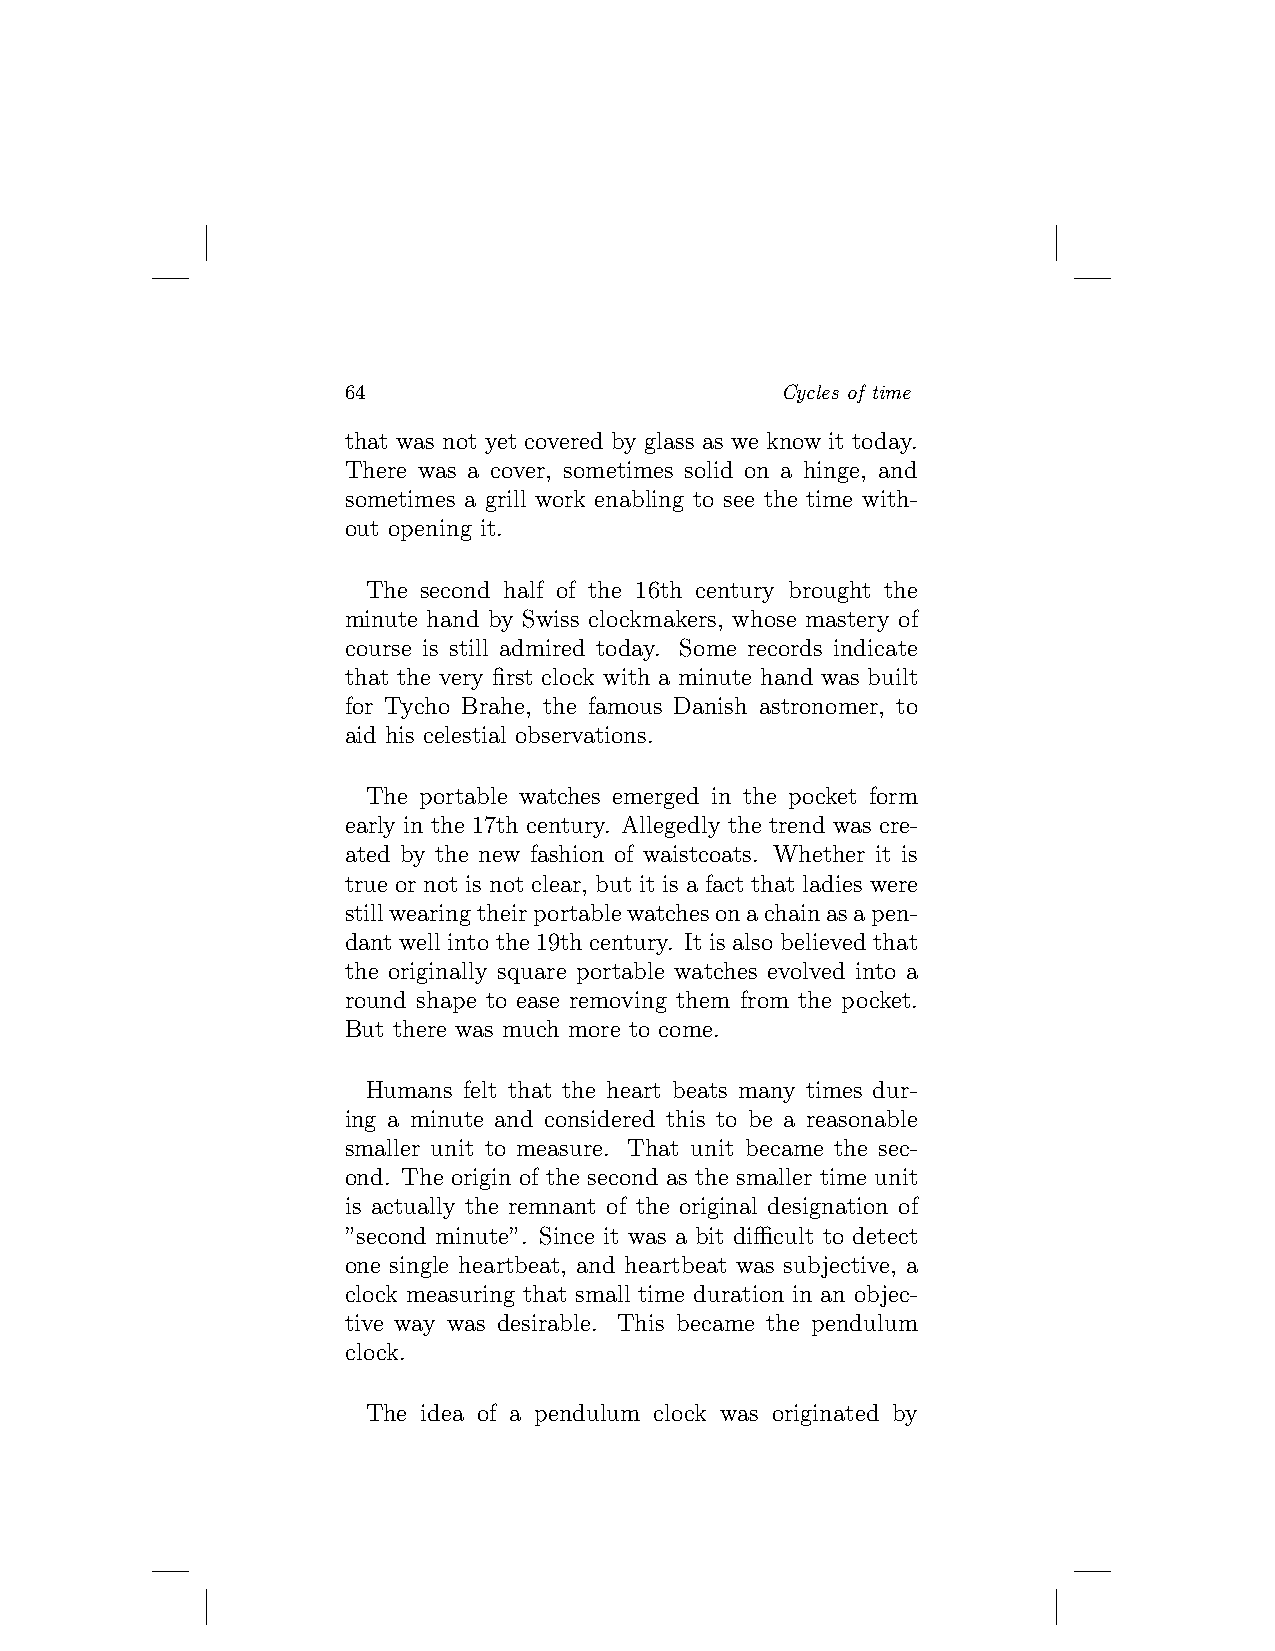
64                           Cycles of time
 that was not yet covered by glass as we know it today.
 There was a cover, sometimes solid on a hinge, and
 sometimes a grill work enabling to see the time with-
 out opening it.
 The second half of the 16th century brought the
 minute hand by Swiss clockmakers, whose mastery of
 course is still admired today. Some records indicate
 that the very first clock with a minute hand was built
 for Tycho Brahe, the famous Danish astronomer, to
 aid his celestial observations.
 The portable watches emerged in the pocket form
 early in the 17th century. Allegedly the trend was cre-
 ated by the new fashion of waistcoats. Whether it is
 true or not is not clear, but it is a fact that ladies were
 stillwearingtheirportablewatchesonachainasapen-
 dant well into the 19th century. It is also believed that
 the originally square portable watches evolved into a
 round shape to ease removing them from the pocket.
 But there was much more to come.
 Humans felt that the heart beats many times dur-
 ing a minute and considered this to be a reasonable
 smaller unit to measure. That unit became the sec-
 ond. The origin of the second as the smaller time unit
 is actually the remnant of the original designation of
 ”second minute”. Since it was a bit difficult to detect
 one single heartbeat, and heartbeat was subjective, a
 clock measuring that small time duration in an objec-
 tive way was desirable. This became the pendulum
 clock.
 The idea of a pendulum clock was originated by